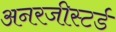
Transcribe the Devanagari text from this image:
अनरजीस्टर्ड